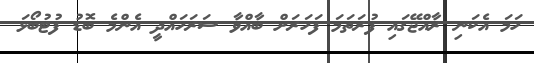
ހަމަ އެކަނި ރާއްޖޭގައި ފުރަތަމަ ފަހަރަށް ބާއްވާ ސަރަހައްދީ އެންމެ ބޮޑު ފުޓުބޯޅަ